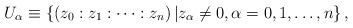
LaTeX: \begin{align*}U_{\alpha} \equiv \left\{ (z_{0}:z_{1}:\dots:z_{n}) \left\vert z_{\alpha}\neq 0, \alpha=0,1,\dots,n \right\},\right.\end{align*}